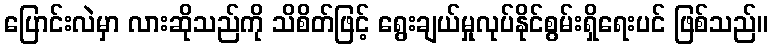
ပြောင်းလဲမှာ လားဆိုသည်ကို သိစိတ်ဖြင့် ရွေးချယ်မှုလုပ်နိုင်စွမ်းရှိရေးပင် ဖြစ်သည်။